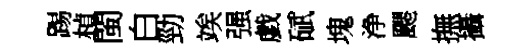
踢楨閩白勁竢强戯碔塊浄颸撫攝